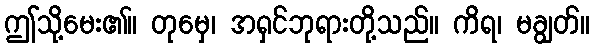
ဤသို့မေး၏။ တုမှေ၊ အရှင်ဘုရားတို့သည်။ ကိရ၊ မချွတ်။